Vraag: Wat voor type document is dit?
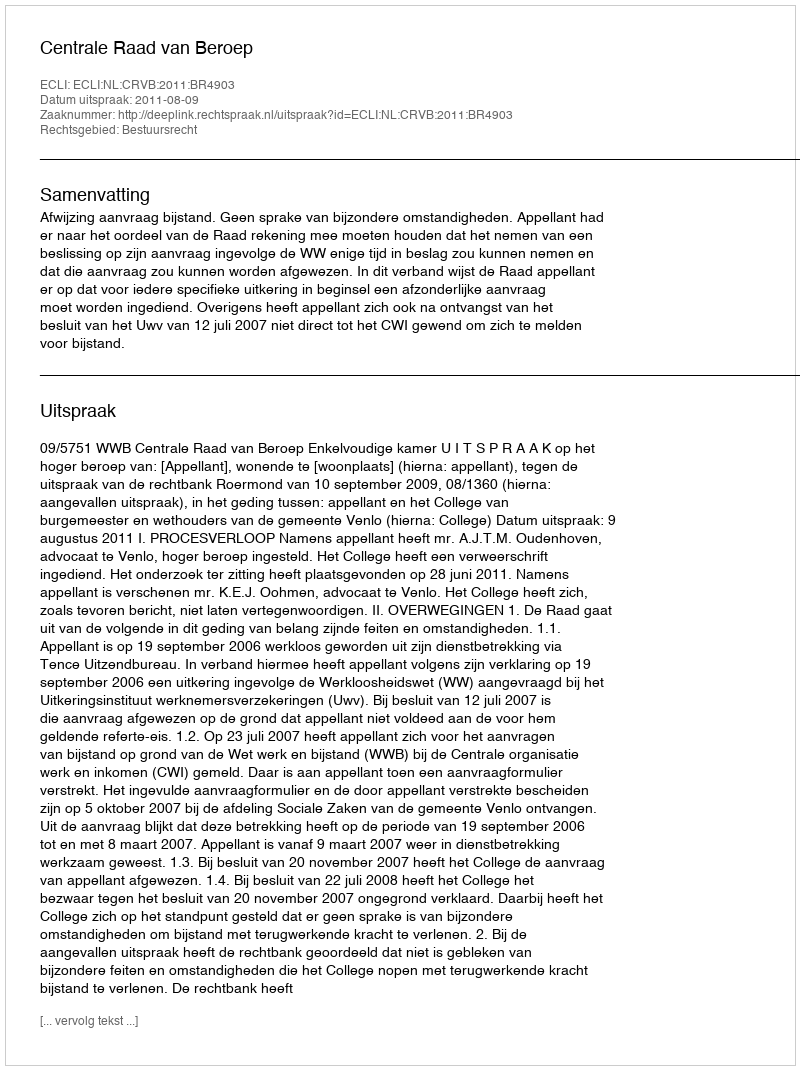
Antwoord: Uitspraak